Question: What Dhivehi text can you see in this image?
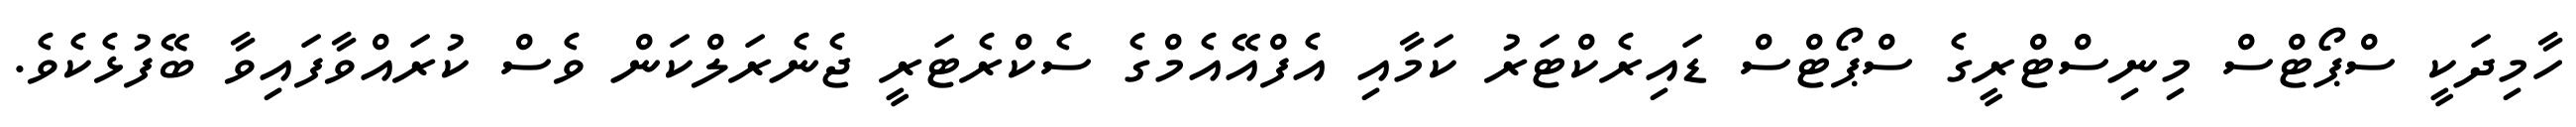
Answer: ހާމިދަކީ ސްޕޯޓްސް މިނިސްޓްރީގެ ސްޕޯޓްސް ޑައިރެކްޓަރު ކަމާއި އެފްއޭއެމްގެ ސެކްރެޓަރީ ޖެނެރަލްކަން ވެސް ކުރައްވާފައިވާ ބޭފުޅެކެވެ.